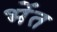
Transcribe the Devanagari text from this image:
भेंत